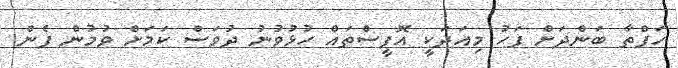
ހަފްތާ ބަންދަށް ފަހު މިއަދަކީ އޮފީސްތައް ހުޅުވުނު ދުވަސް ކަމަށް ވުމުން ފެން